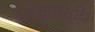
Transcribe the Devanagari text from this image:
उरोंस्यास्थि